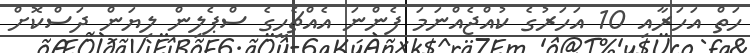
ހަތް އަހަރާއި 10 އަހަރުގެ ކުއްޖެއްނަމަ ފެންނަ އެއްޗެހީގެ ސްޕެލިން ލިޔަން ދަސްކޮށް